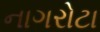
નાગરોટા